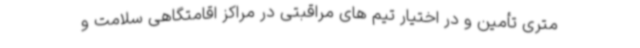
متری تأمین و در اختیار تیم های مراقبتی در مراکز اقامتگاهی سلامت و